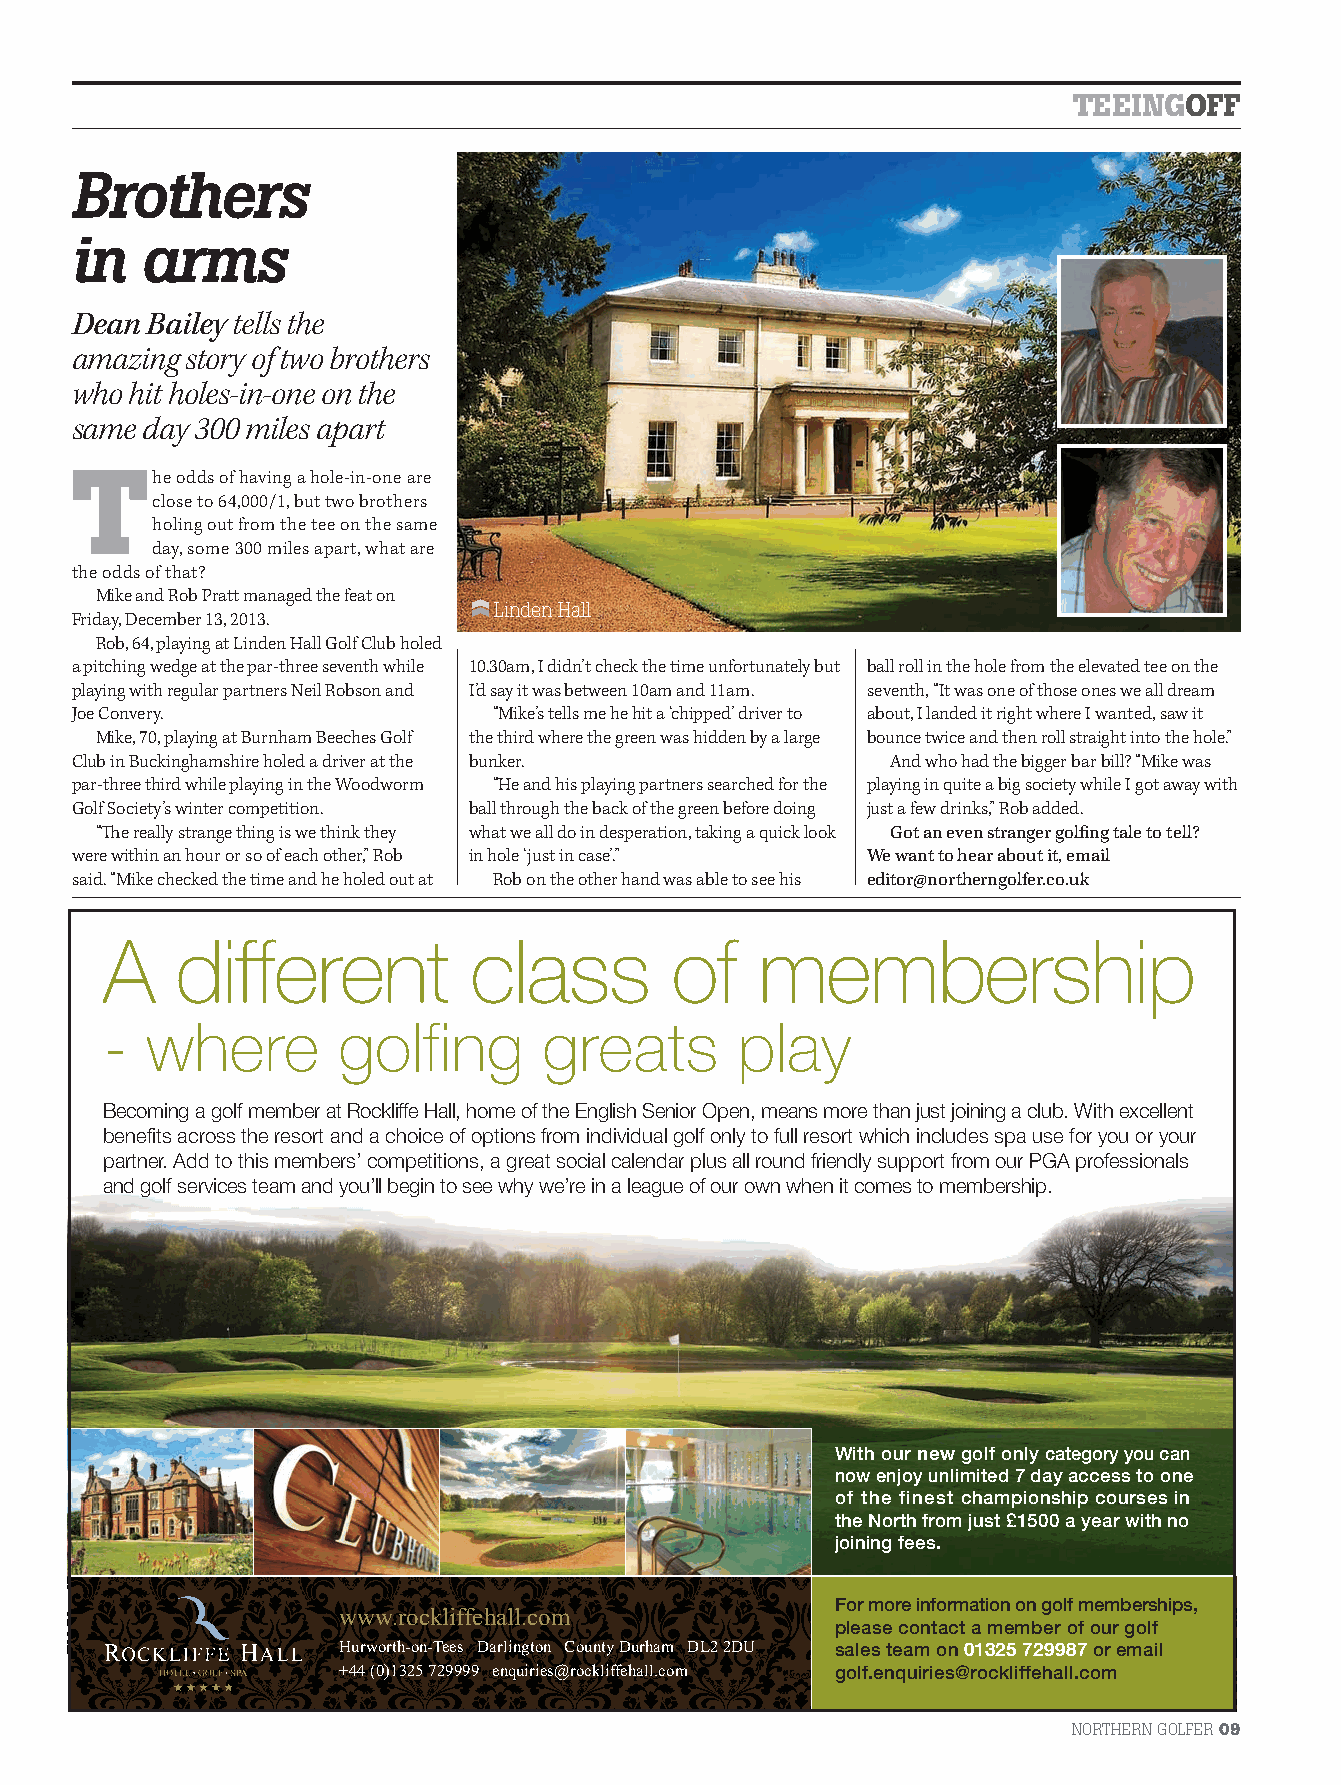
TEEINGOFF
 Brothers
 in   arms
 Dean Bailey tells the
 amazing story of two brothers
 who hit holes-in-one on the
 same day 300 miles apart
 The    odds of having a hole-in-one are
 close to 64,000/1, but two brothers
 holing out from the tee on the same
 day, some 300 miles apart, what are
 the odds of that?
 Mike and Rob Pratt managed the feat on
 Linden Hall
 Friday, December 13, 2013.
 Rob, 64, playing at Linden Hall Golf Club holed
 a pitching wedge at the par-three seventh while 10.30am, I didn’t check the time unfortunately but ball roll in the hole from the elevated tee on the
 playing with regular partners Neil Robson and I’d say it was between 10am and 11am. seventh, “It was one of those ones we all dream
 Joe Convery.                “Mike’s tells me he hit a ‘chipped’ driver to about, I landed it right where I wanted, saw it
 Mike, 70, playing at Burnham Beeches Golf the third where the green was hidden by a large bounce twice and then roll straight into the hole.”
 Club in Buckinghamshire holed a driver at the bunker.  And who had the bigger bar bill? “Mike was
 par-three third while playing in the Woodworm “He and his playing partners searched for the playing in quite a big society while I got away with
 Golf Society’s winter competition. ball through the back of the green before doing just a few drinks,” Rob added.
 “Th e really strange thing is we think they what we all do in desperation, taking a quick look Got an even stranger golfi ng tale to tell?
 were within an hour or so of each other,” Rob in hole ‘just in case’.” We want to hear about it, email
 said. “Mike checked the time and he holed out at Rob on the other hand was able to see his editor@northerngolfer.co.uk
 A    different           class        of    membership
 -  where        golfing       greats      play
 BecomingagolfmemberatRockliffeHall,homeoftheEnglishSeniorOpen,meansmorethanjustjoiningaclub.Withexcellent
 benefitsacrosstheresortandachoiceofoptionsfromindividualgolfonlytofullresortwhichincludesspauseforyouoryour
 partner.Addtothismembers’competitions,agreatsocialcalendarplusallroundfriendlysupportfromourPGAprofessionals
 andgolfservicesteamandyou’llbegintoseewhywe’reinaleagueofourownwhenitcomestomembership.
 Withournewgolfonlycategoryyoucan
 nowenjoyunlimited7dayaccesstoone
 of the finest championship courses in
 theNorthfromjust£1500ayearwithno
 joiningfees.
 Formoreinformationongolfmemberships,
 www.rockliffehall.com
 pleasecontactamemberofourgolf
 Hurworth-on-Tees Darlington CountyDurham DL22DU salesteamon01325729987oremail
 +44(0)1325729999 enquiries@rockliffehall.com golf.enquiries@rockliffehall.com
 NORTHERN GOLFER09
 NG21.indb 9                                                                     10/02/2014 17:10